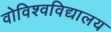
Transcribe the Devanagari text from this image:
वोविश्वविद्यालय